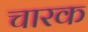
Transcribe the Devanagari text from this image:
चारक